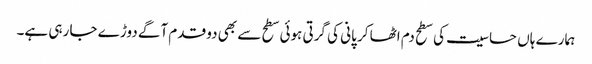
ہمارے ہاں حساسیت کی سطح دم اٹھا کر پانی کی گرتی ہوئی سطح سے بھی دو قدم آگے دوڑے جا رہی ہے۔